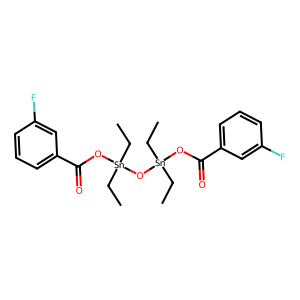
SMILES: CC[Sn](CC)(OC(=O)c1cccc(F)c1)O[Sn](CC)(CC)OC(=O)c1cccc(F)c1
Inhibits HIV replication: No